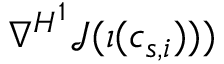
\nabla ^ { H ^ { 1 } } \mathcal { J } ( \iota ( c _ { s , i } ) ) )